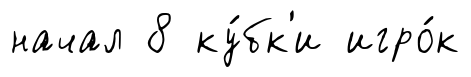
начал 8 ку́бк'и игро́к